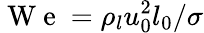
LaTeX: {\mathrm{~W~e~}}=\rho_{l}u_{0}^{2}l_{0}/\sigma